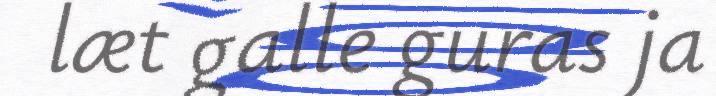
læt galle guras ja